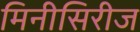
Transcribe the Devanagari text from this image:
मिनीसिरीज